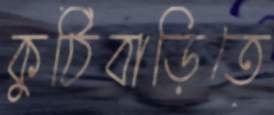
কুঠিবাড়িতে